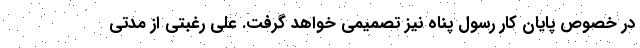
در خصوص پایان کار رسول پناه نیز تصمیمی خواهد گرفت. علی رغبتی از مدتی